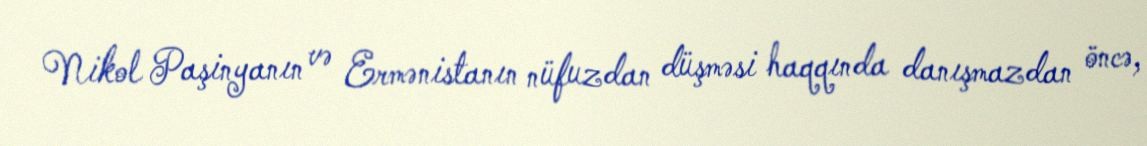
Nikol Paşinyanın və Ermənistanın nüfuzdan düşməsi haqqında danışmazdan öncə,